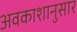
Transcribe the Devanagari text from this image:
अवकाशानुसार